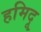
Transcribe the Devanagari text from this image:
हमिदू